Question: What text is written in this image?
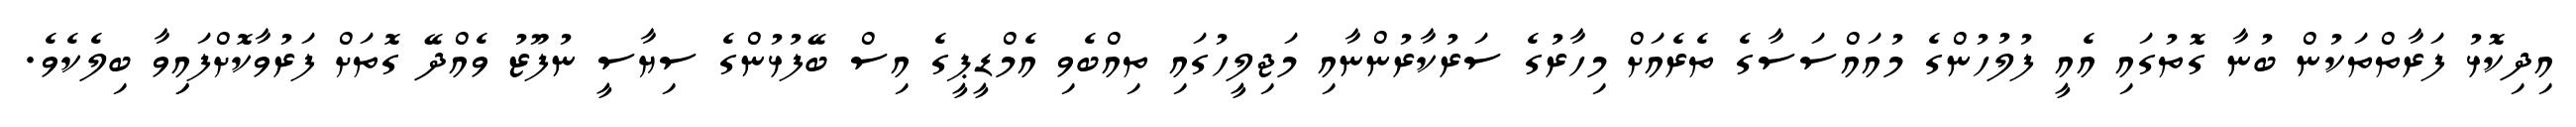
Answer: އިދިކޮޅު ފަރާތްތަކުން ބުނާ ގޮތުގައި އެއީ ފުލުހުންގެ މުއައްސަސާގެ ތެރެއަށް މިހާރުގެ ސަރުކާރުންނާއި މަޖިލީހުގައި ތިއްބެވި އެމްޑީޕީގެ އިސް ބޭފުޅުންގެ ސިޔާސީ ނުފޫޒު ވެއްދޭ ގޮތަށް ފަރުވާކޮށްފައިިވާ ބިލެކެވެ.